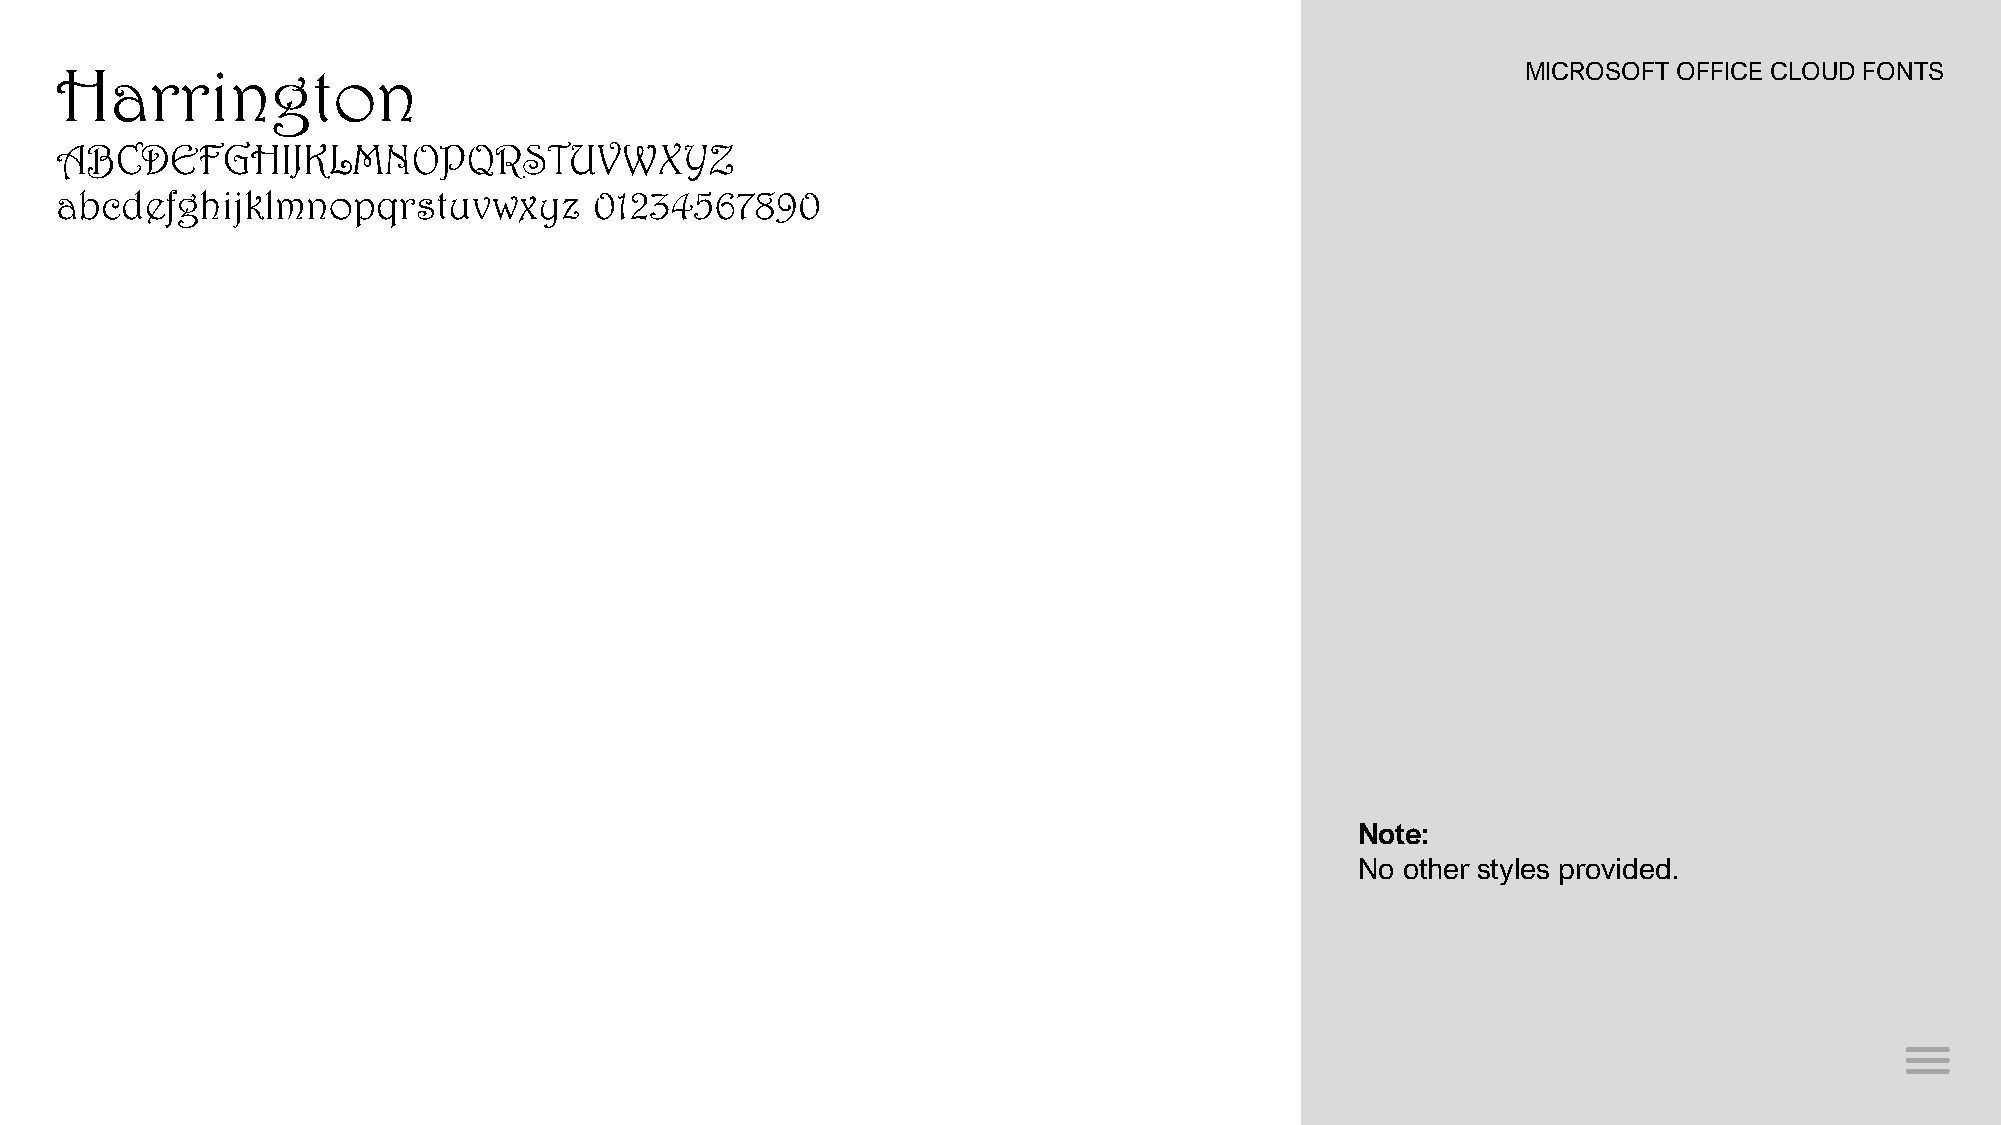
Harrington                                                                                       MICROSOFT OFFICE CLOUD FONTS
 ABCDEFGHIJKLMNOPQRSTUVWXYZ
 abcdefghijklmnopqrstuvwxyz         01234567890
 Note:
 No other styles provided.